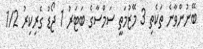
ބޭނުންވާނެ ތަކެތި 3 މޭޒުމަތީ ސަމްސާގެ ބަޓަރު 1 ޖޯޑު ގެރިކިރު 1/2